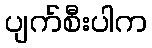
ပျက်စီးပါက